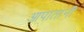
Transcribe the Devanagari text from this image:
आपातानी